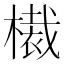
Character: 𣚸